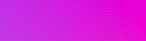
TryOurPizza